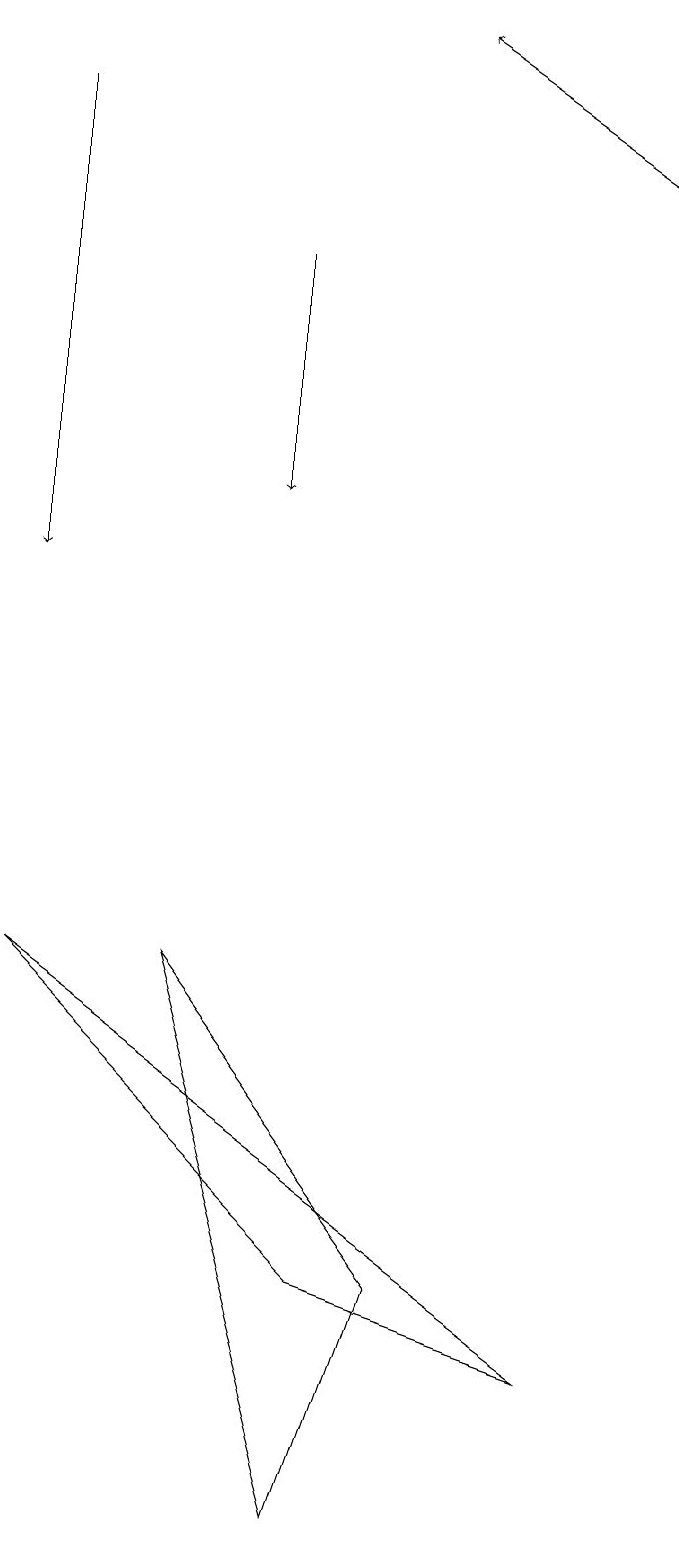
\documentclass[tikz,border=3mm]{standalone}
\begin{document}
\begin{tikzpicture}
\draw (1,7) -- (5,3) -- (8,2) -- cycle;
\draw[->] (9,17) -- (6,19);
\draw (3,7) -- (6,3) -- (5,0) -- cycle;
\draw[->] (1,18) -- (1,12);
\draw[->] (4,16) -- (4,13);
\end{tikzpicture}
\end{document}